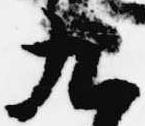
九